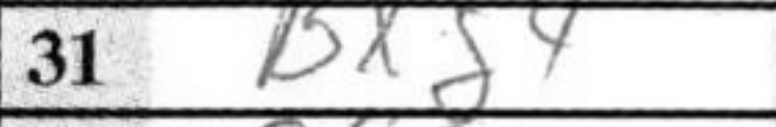
Transcription: Bxg4